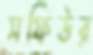
সফিউর